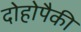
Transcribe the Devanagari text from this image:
दोहोपैकी